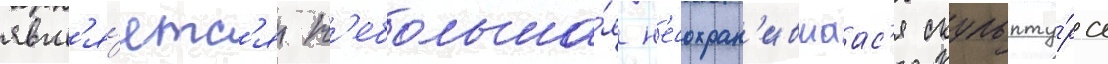
явл'я́етс'я н'ебольша́я н'есохран'ившаас'я скульпту́ра